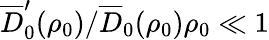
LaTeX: \overline{{D}}_{0}^{\prime}(\rho_{0})/\overline{{D}}_{0}(\rho_{0})\rho_{0}\ll 1